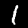
Digit: 1